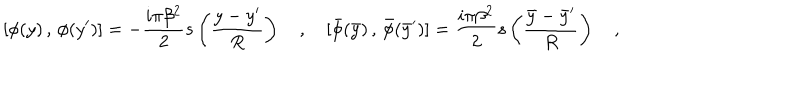
[ \phi ( y ) \, , \, \phi ( y ^ { \prime } ) ] = - { \frac { i \pi \beta ^ { 2 } } { 2 } } s \left( \frac { y - y ^ { \prime } } { R } \right) \quad , \quad [ \bar { \phi } ( \bar { y } ) \, , \, \bar { \phi } ( \bar { y } ^ { \prime } ) ] = { \frac { i \pi \beta ^ { 2 } } { 2 } } s \left( \frac { \bar { y } - \bar { y } ^ { \prime } } { R } \right) \quad ,